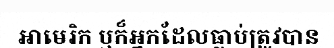
អាមេរិក ឬក៏អ្នកដែលធ្លាប់ត្រូវបាន